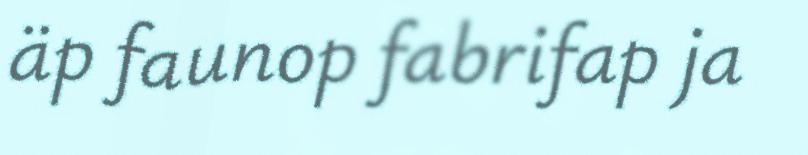
äp faunop fabrifap ja